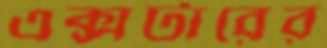
এক্সটারের